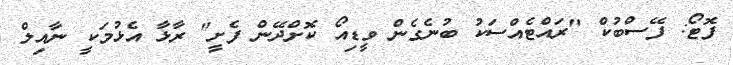
ފޮޓޯ: ފޭސްބުކް "ރައްޓެއްސަކު ބުނެގެން ވީޑިއޯ ކޮށްދޭން ފެށީ" ރާޅާ އެޅުމަކީ ނާއިލް